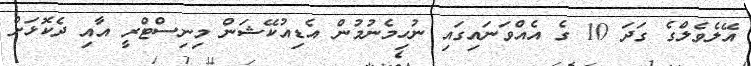
އޭލެވެލްގެ ގަދަ 10 ގެ އެއްވަނައިގައި ނުހިމެނުމުން އެޑިއުކޭޝަން މިނިސްޓްރީ އާއި ދެކޮޅަށް